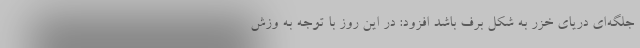
جلگه‌ای دریای خزر به شکل برف باشد افزود: در این روز با توجه به وزش